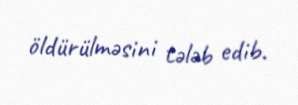
öldürülməsini tələb edib.